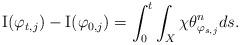
LaTeX: \begin{align*}{\rm I}(\varphi_{t,j})-{\rm I}(\varphi_{0,j}) =\int_{0}^t \int_X \chi \theta_{\varphi_{s,j}}^n ds. \end{align*}